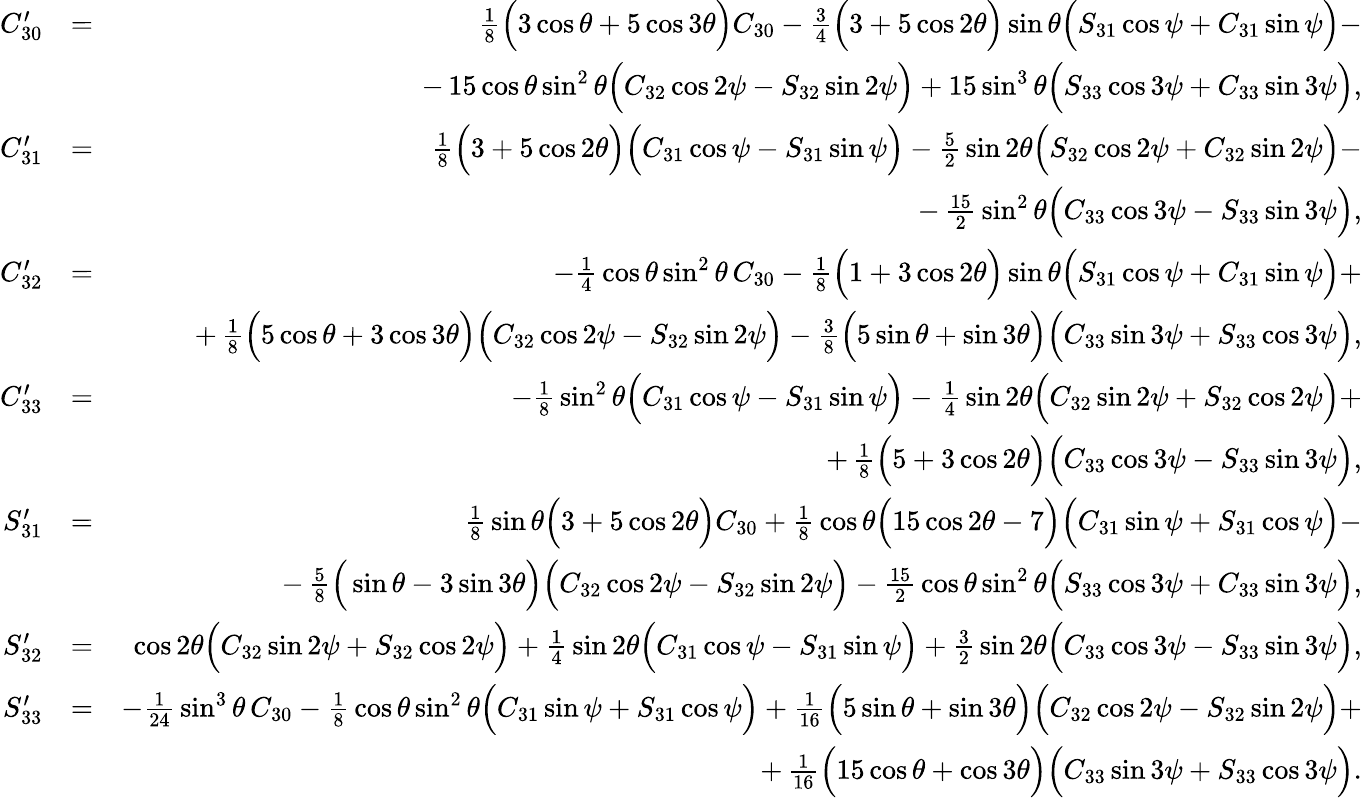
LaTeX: \begin{array}{rlr}{C_{30}^{\prime}}&{=}&{{\textstyle\frac{1}{8}}\Big(3\cos\theta+5\cos 3\theta\Big)C_{30}-{\textstyle\frac{3}{4}}\Big(3+5\cos 2\theta\Big)\sin\theta\Big(S_{31}\cos\psi+C_{31}\sin\psi\Big)-}\\ &{}&{-\, 15\cos\theta\sin^{2}\theta\Big(C_{32}\cos 2\psi-S_{32}\sin 2\psi\Big)+15\sin^{3}\theta\Big(S_{33}\cos 3\psi+C_{33}\sin 3\psi\Big),}\\ {C_{31}^{\prime}}&{=}&{{\textstyle\frac{1}{8}}\Big(3+5\cos 2\theta\Big)\Big(C_{31}\cos\psi-S_{31}\sin\psi\Big)-{\textstyle\frac{5}{2}}\sin 2\theta\Big(S_{32}\cos 2\psi+C_{32}\sin 2\psi\Big)-}\\ &{}&{-\, {\textstyle\frac{15}{2}}\sin^{2}\theta\Big(C_{33}\cos 3\psi-S_{33}\sin 3\psi\Big),}\\ {C_{32}^{\prime}}&{=}&{-{\textstyle\frac{1}{4}}\cos\theta\sin^{2}\theta\, C_{30}-{\textstyle\frac{1}{8}}\Big(1+3\cos 2\theta\Big)\sin\theta\Big(S_{31}\cos\psi+C_{31}\sin\psi\Big)+}\\ &{}&{+\, {\textstyle\frac{1}{8}}\Big(5\cos\theta+3\cos 3\theta\Big)\Big(C_{32}\cos 2\psi-S_{32}\sin 2\psi\Big)-{\textstyle\frac{3}{8}}\Big(5\sin\theta+\sin 3\theta\Big)\Big(C_{33}\sin 3\psi+S_{33}\cos 3\psi\Big),}\\ {C_{33}^{\prime}}&{=}&{-{\textstyle\frac{1}{8}}\sin^{2}\theta\Big(C_{31}\cos\psi-S_{31}\sin\psi\Big)-{\textstyle\frac{1}{4}}\sin 2\theta\Big(C_{32}\sin 2\psi+S_{32}\cos 2\psi\Big)+}\\ &{}&{+\, {\textstyle\frac{1}{8}}\Big(5+3\cos 2\theta\Big)\Big(C_{33}\cos 3\psi-S_{33}\sin 3\psi\Big),}\\ {S_{31}^{\prime}}&{=}&{{\textstyle\frac{1}{8}}\sin\theta\Big(3+5\cos 2\theta\Big)C_{30}+{\textstyle\frac{1}{8}}\cos\theta\Big(15\cos 2\theta-7\Big)\Big(C_{31}\sin\psi+S_{31}\cos\psi\Big)-}\\ &{}&{-\, {\textstyle\frac{5}{8}}\Big(\sin\theta-3\sin 3\theta\Big)\Big(C_{32}\cos 2\psi-S_{32}\sin 2\psi\Big)-{\textstyle\frac{15}{2}}\cos\theta\sin^{2}\theta\Big(S_{33}\cos 3\psi+C_{33}\sin 3\psi\Big),}\\ {S_{32}^{\prime}}&{=}&{\cos 2\theta\Big(C_{32}\sin 2\psi+S_{32}\cos 2\psi\Big)+{\textstyle\frac{1}{4}}\sin 2\theta\Big(C_{31}\cos\psi-S_{31}\sin\psi\Big)+{\textstyle\frac{3}{2}}\sin 2\theta\Big(C_{33}\cos 3\psi-S_{33}\sin 3\psi\Big),}\\ {S_{33}^{\prime}}&{=}&{-{\textstyle\frac{1}{24}}\sin^{3}\theta\, C_{30}-{\textstyle\frac{1}{8}}\cos\theta\sin^{2}\theta\Big(C_{31}\sin\psi+S_{31}\cos\psi\Big)+{\textstyle\frac{1}{16}}\Big(5\sin\theta+\sin 3\theta\Big)\Big(C_{32}\cos 2\psi-S_{32}\sin 2\psi\Big)+}\\ &{}&{+\, {\textstyle\frac{1}{16}}\Big(15\cos\theta+\cos 3\theta\Big)\Big(C_{33}\sin 3\psi+S_{33}\cos 3\psi\Big).}\end{array}